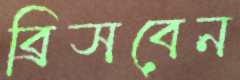
ব্রিসবেন